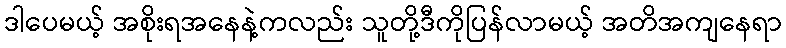
ဒါပေမယ့် အစိုးရအနေနဲ့ကလည်း သူတို့ဒီကိုပြန်လာမယ့် အတိအကျနေရာ